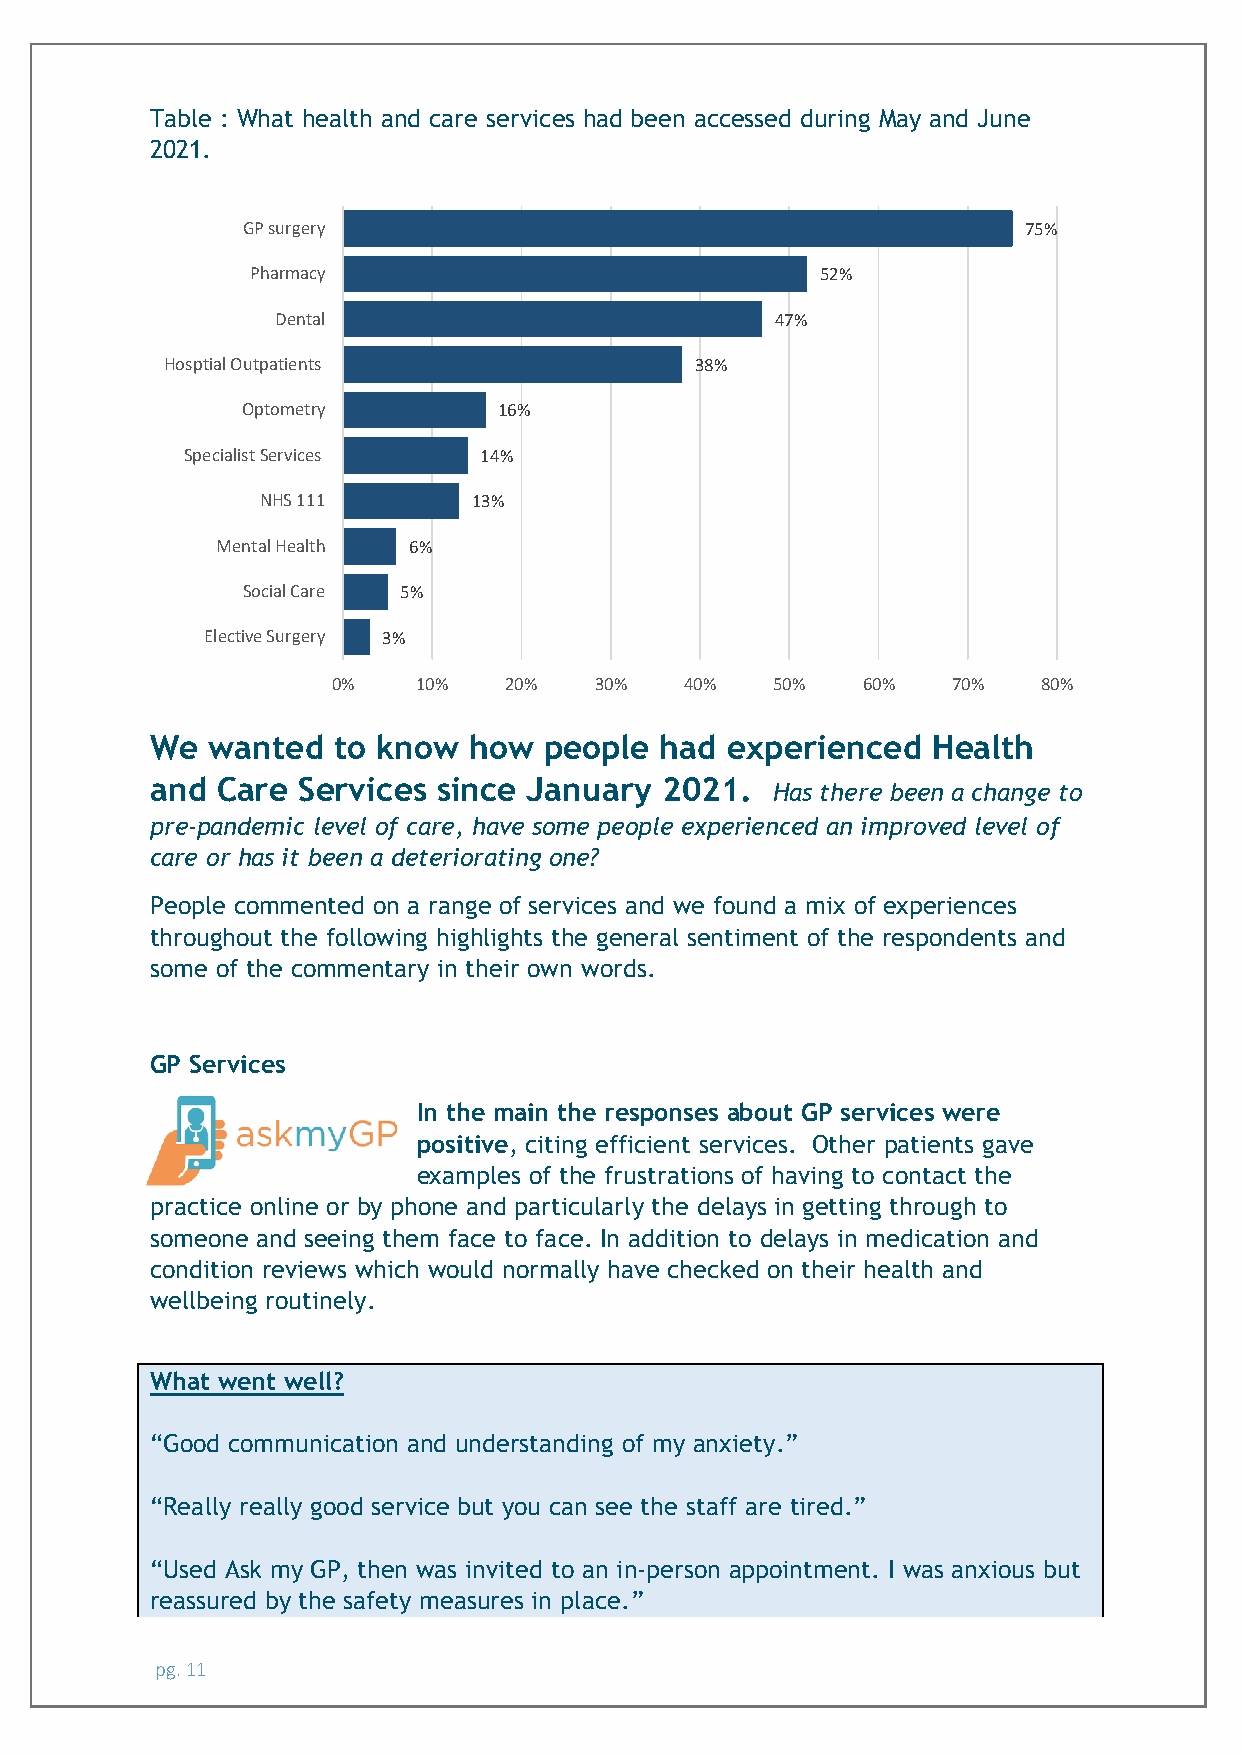
Table : What health and care services had been accessed during May and June
 2021.
 GP surgery                                          75%
 Pharmacy                             52%
 Dental                           47%
 Hosptial Outpatients               38%
 Optometry        16%
 Specialist Services 14%
 NHS 111       13%
 Mental Health 6%
 Social Care 5%
 Elective Surgery 3%
 0%    10%  20%   30%   40%   50%   60%   70%   80%
 We  wanted  to know  how  people  had experienced   Health
 and Care  Services since January  2021.
 Has there been a change to
 pre-pandemic level of care, have some people experienced an improved level of
 care or has it been a deteriorating one?
 People commented on a range of services and we found a mix of experiences
 throughout the following highlights the general sentiment of the respondents and
 some of the commentary in their own words.
 GP Services
 In the main the responses about GP services were
 positive, citing efficient services. Other patients gave
 examples of the frustrations of having to contact the
 practice online or by phone and particularly the delays in getting through to
 someone and seeing them face to face. In addition to delays in medication and
 condition reviews which would normally have checked on their health and
 wellbeing routinely.
 What went well?
 “Good communication and understanding of my anxiety.”
 “Really really good service but you can see the staff are tired.”
 “Used Ask my GP, then was invited to an in-person appointment. I was anxious but
 reassured by the safety measures in place.”
 pg. 11